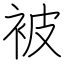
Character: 被